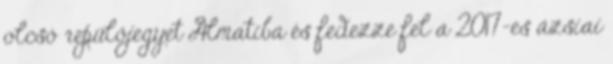
olcsó repülőjegyet Almatiba és fedezze fel a 2017-es ázsiai